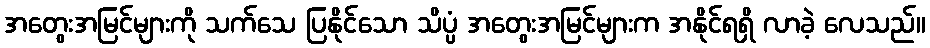
အတွေးအမြင်များကို သက်သေ ပြနိုင်သော သိပ္ပံ အတွေးအမြင်များက အနိုင်ရရှိ လာခဲ့ လေသည်။